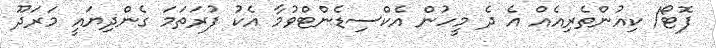
ފޮޓޯ/ ކިއުންތެރިއެއް އެ ދެ މީހުން އެކްސިޑެންޓްވުމާ އެކު ފުރަތަމަ ގެންދިޔައީ މަރަދޫ